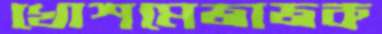
খোশমেজাজক